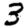
Digit: 3